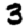
Digit: 3